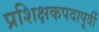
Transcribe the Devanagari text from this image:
प्रशिक्षकपदापूर्वी